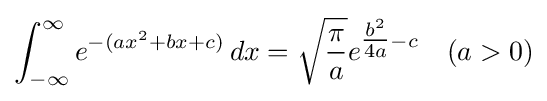
\int _{-\infty }^{\infty }e^{-(ax^{2}+bx+c)}\,dx={\sqrt {\pi  \over a}}e^{{\tfrac {b^{2}}{4a}}-c}\quad (a>0)